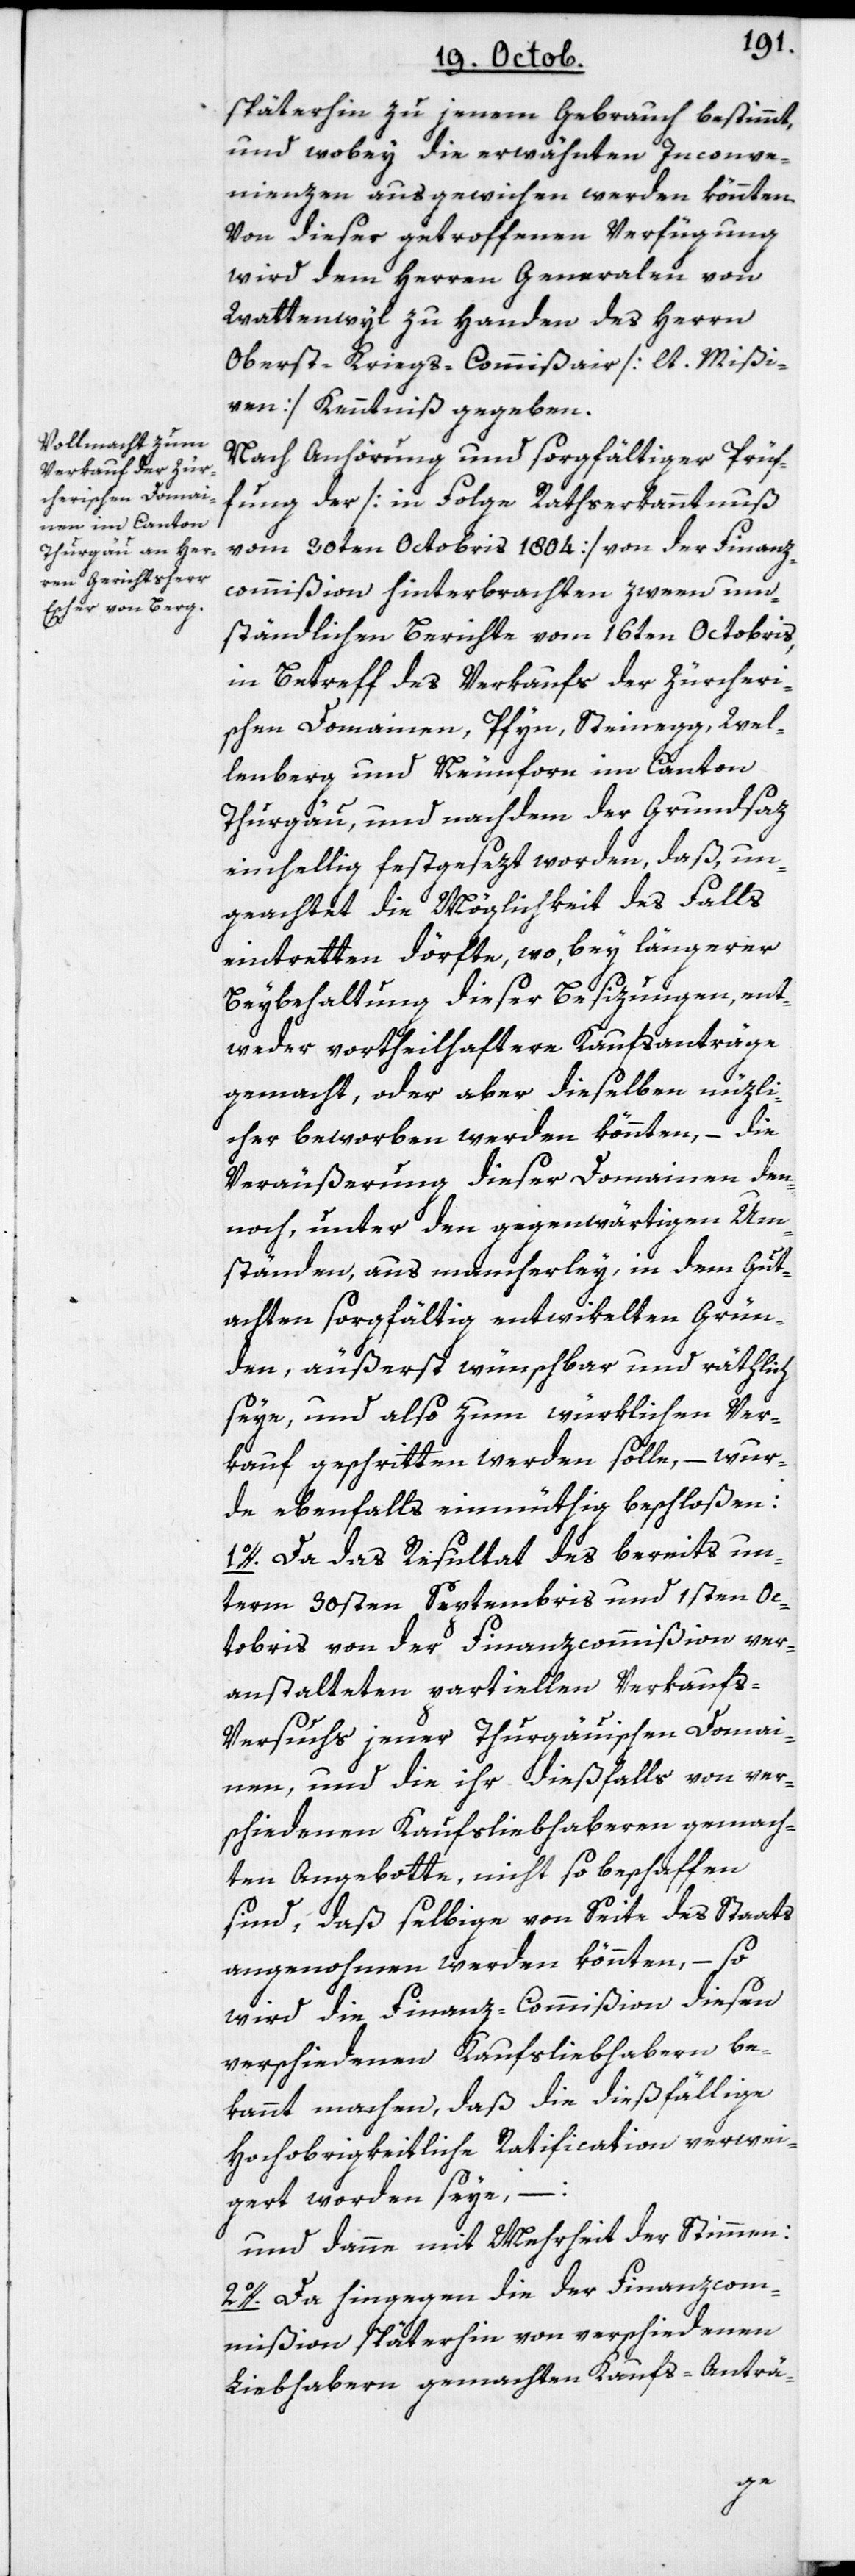
späterhin zu jenem Gebrauch bestimmt,
und wobey die erwähnten Inconve¬
nienzen ausgewichen werden könnten.
Von dieser getroffenen Verfügung
wird dem Herrn Generalen von
Wattenwyl zu Handen des Herrn
Oberst-Kriegs-Commißair [lt. Mißi¬
ven] Kenntniß gegeben.
Nach Anhörung und sorgfältiger Prüf¬
fung der [in Folge Rathserkanntnuß
vom 30sten Octobris 1804] von der Finanz¬
commißion hinterbrachten zween um¬
ständlichen Berichte vom 16ten Octobris,
in Betreff des Verkaufs der Zürcheri¬
schen Domainen, Pfyn, Steinegg, Wel¬
lenberg und Neunforn im Canton
Thurgäu, und nachdem der Grundsaz
einhellig festgesezt worden, daß, un¬
geachtet die Möglichkeit des Falls
eintretten dörfte, wo, bey längerer
Beybehaltung dieser Besizungen, ent¬
weder vortheilhaftere Kaufsanträge
gemacht, oder aber dieselben nüzli¬
cher beworben werden könnten, – die
Veräußerung dieser Domainen den¬
noch, unter den gegenwärtigen Um¬
ständen, aus mancherley, in dem Gut¬
achten sorgfältig entwikelten Grün¬
den, äußerst wünschbar und räthlich
seye, und also zum würklichen Ver¬
kauf geschritten werden solle, – wur¬
de ebenfalls einmüthig beschloßen:
1o. Da das Resultat des bereits un¬
term 30sten Septembris und 1sten Oc¬
tobris von der Finanzcommißion ver¬
anstalteten partiellen Verkaufs-V¬
ersuchs jener Thurgäuischen Domai¬
nen, und die ihr dießfalls von ver¬
schiedenen Kaufsliebhaberen gemach¬
ten Angebotte, nicht so beschaffen
sind, daß selbige von Seite des Staats
angenohmen werden könnten, – so
wird die Finanz-Commißion diesen
verschiedenen Kaufsliebhaberen be¬
kannt machen, daß die dießfällige
Hochobrigkeitliche Ratification verwei¬
gert worden seye, –
und danne mit Mehrheit der Stimmen.
2o. Da hingegen die der Finanzcom¬
mißion späterhin von verschiedenen
Liebhabern gemachten Kaufs-Anträ-